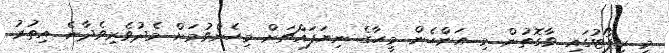
މި ރިޕޯޓުގައި ވާގޮތުން މި އަންހެން މީހާގެ ނިޔަފައްޗަށް މިހެންވުމަށް މެދުވެރިވެދާނެ އިތުރު